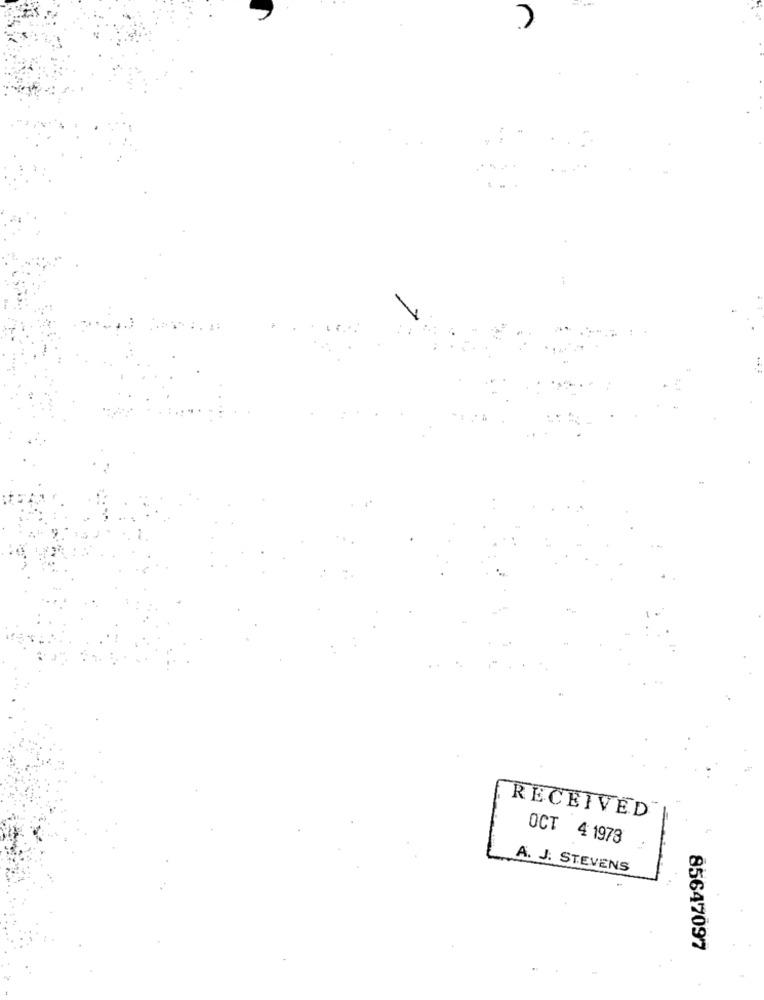
RECEIVED
OCT 4 1973
A. J. STEVENS
85647097